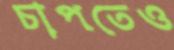
চাপতেও